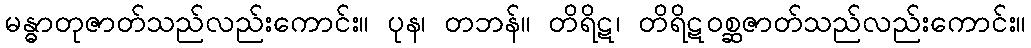
မန္ဓာတုဇာတ်သည်လည်းကောင်း။ ပုန၊ တဘန်။ တိရိဋ၊ တိရိဋဝစ္ဆဇာတ်သည်လည်းကောင်း။